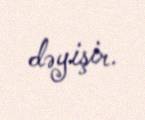
dəyişir.